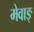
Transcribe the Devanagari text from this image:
मेवाङ्